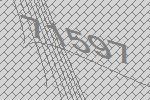
71597